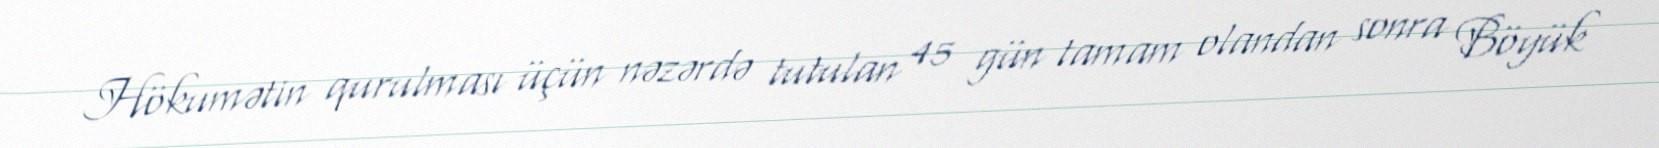
Hökumətin qurulması üçün nəzərdə tutulan 45 gün tamam olandan sonra Böyük